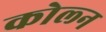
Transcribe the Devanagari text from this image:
कोल्न